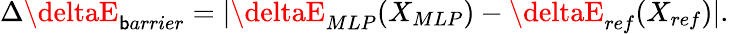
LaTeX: \Delta\deltaE_{\mathsf{b}arrier}=|\deltaE_{MLP}(X_{MLP})-\deltaE_{ref}(X_{ref})|.